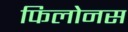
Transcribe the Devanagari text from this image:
फिलोनस